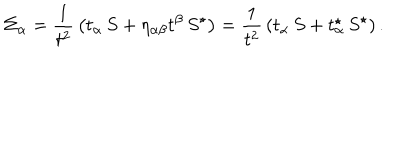
\Sigma _ { \alpha } = { \frac { 1 } { t ^ { 2 } } } \left( t _ { \alpha } \, S + \eta _ { \alpha \beta } t ^ { \beta } \, S ^ { \star } \right) = { \frac { 1 } { t ^ { 2 } } } \left( t _ { \alpha } \, S + t _ { \alpha } ^ { \star } \, S ^ { \star } \right) .